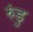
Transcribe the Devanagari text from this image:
रुंडु